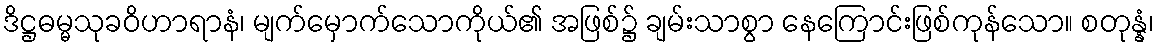
ဒိဋ္ဌဓမ္မသုခဝိဟာရာနံ၊ မျက်မှောက်သောကိုယ်၏ အဖြစ်၌ ချမ်းသာစွာ နေကြောင်းဖြစ်ကုန်သော။ စတုန္နံ၊